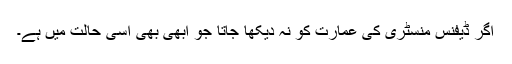
اگر ڈیفنس منسٹری کی عمارت کو نہ دیکھا جاتا جو ابھی بھی اسی حالت میں ہے۔